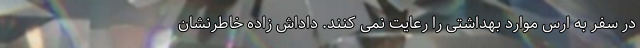
در سفر به ارس موارد بهداشتی را رعایت نمی کنند. داداش زاده خاطرنشان